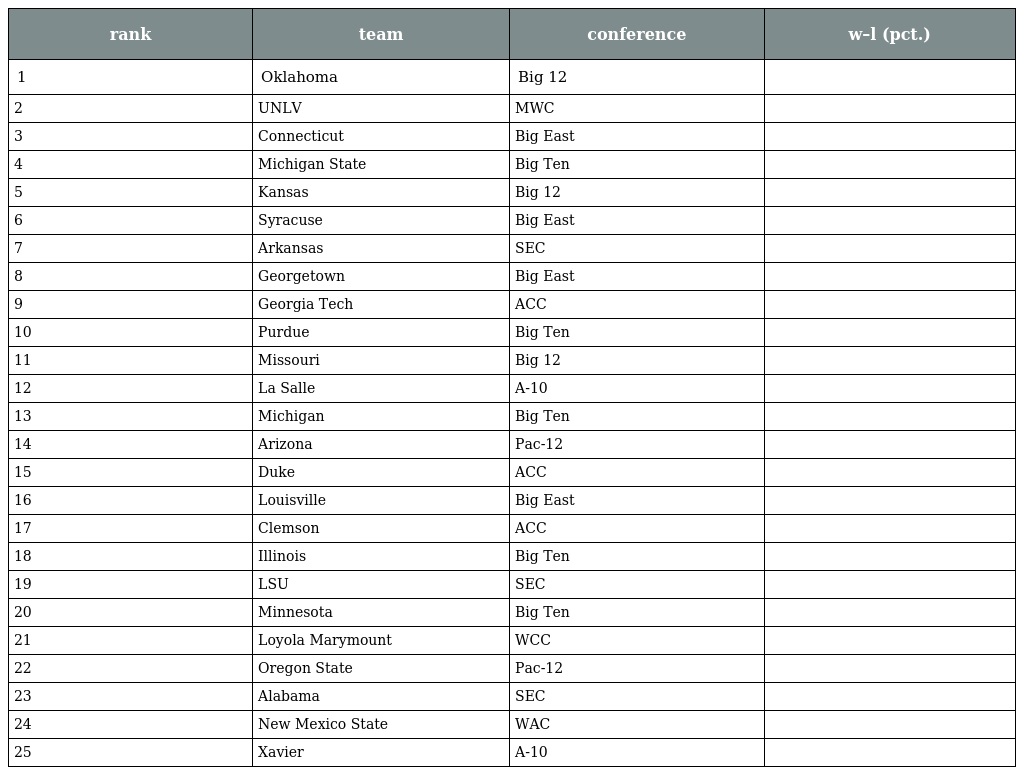
| rank | team | conference | w–l (pct.) |
 | --- | --- | --- | --- |
 | 1 | Oklahoma | Big 12 |  |
 | 2 | UNLV | MWC |  |
 | 3 | Connecticut | Big East |  |
 | 4 | Michigan State | Big Ten |  |
 | 5 | Kansas | Big 12 |  |
 | 6 | Syracuse | Big East |  |
 | 7 | Arkansas | SEC |  |
 | 8 | Georgetown | Big East |  |
 | 9 | Georgia Tech | ACC |  |
 | 10 | Purdue | Big Ten |  |
 | 11 | Missouri | Big 12 |  |
 | 12 | La Salle | A-10 |  |
 | 13 | Michigan | Big Ten |  |
 | 14 | Arizona | Pac-12 |  |
 | 15 | Duke | ACC |  |
 | 16 | Louisville | Big East |  |
 | 17 | Clemson | ACC |  |
 | 18 | Illinois | Big Ten |  |
 | 19 | LSU | SEC |  |
 | 20 | Minnesota | Big Ten |  |
 | 21 | Loyola Marymount | WCC |  |
 | 22 | Oregon State | Pac-12 |  |
 | 23 | Alabama | SEC |  |
 | 24 | New Mexico State | WAC |  |
 | 25 | Xavier | A-10 |  |